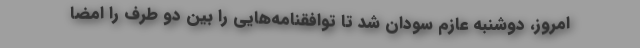
امروز، دوشنبه عازم سودان شد تا توافقنامه‌هایی را بین دو طرف را امضا